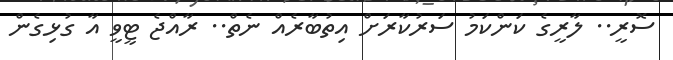
ސޮރީ.. ލާރީގެ ކަންކަމު ސަރުކާރަށް އިތުބާރެއް ނެތް.. ރާއްޖެ ޓީވީ އާ ގުޅިގެން